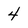
Character: 4